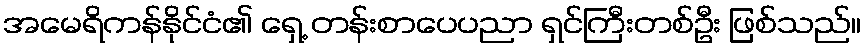
အမေရိကန်နိုင်ငံ၏ ရှေ့ တန်းစာပေပညာ ရှင်ကြီးတစ်ဦး ဖြစ်သည်။